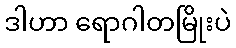
ဒါဟာ ရောဂါတမြိုးပဲ